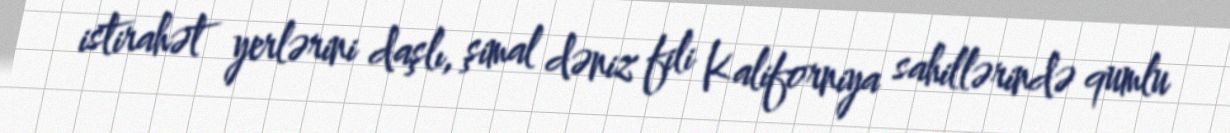
istirahət yerlərini daşlı, şimal dəniz fili Kaliforniya sahillərində qumlu